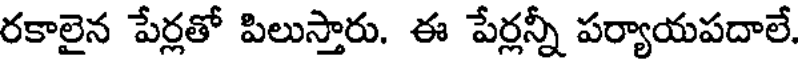
రకాలైన పేర్లతో పిలుస్తారు. ఈ పేర్లన్నీ పర్యాయపదాలే.